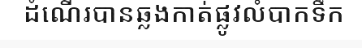
ដំណើរបានឆ្លងកាត់ផ្លូវលំបាកទឹក